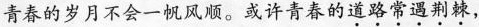
青春的岁月不会一帆风顺。或许青春的道路常遇荆棘，